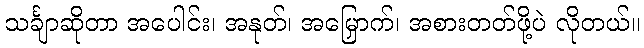
သင်္ချာဆိုတာ အပေါင်း၊ အနုတ်၊ အမြှောက်၊ အစားတတ်ဖို့ပဲ လိုတယ်။